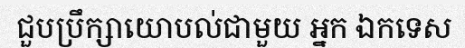
ជួបប្រឹក្សាយោបល់ជាមួយ អ្នក ឯកទេស